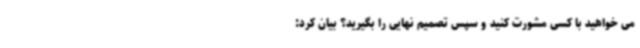
می خواهید با کسی مشورت کنید و سپس تصمیم نهایی را بگیرید؟ بیان کرد: